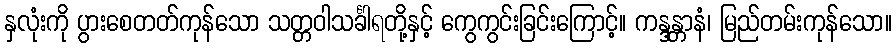
နှလုံးကို ပွားစေတတ်ကုန်သော သတ္တဝါသင်္ခါရတို့နှင့် ကွေကွင်းခြင်းကြောင့်။ ကန္ဒန္တာနံ၊ မြည်တမ်းကုန်သော။